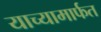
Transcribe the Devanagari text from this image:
याच्यामार्फत